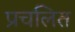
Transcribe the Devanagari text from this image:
प्रचलित